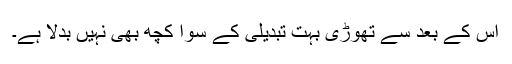
اس کے بعد سے تھوڑی بہت تبدیلی کے سوا کچھ بھی نہیں بدلا ہے۔